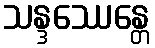
သန္ဒဿေန္တေ